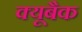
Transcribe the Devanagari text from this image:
क्यूबैक